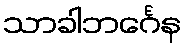
သာခါဘင်္ဂေန